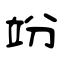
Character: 竕